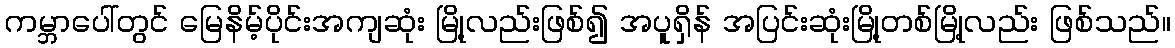
ကမ္ဘာပေါ်တွင် မြေနိမ့်ပိုင်းအကျဆုံး မြို့လည်းဖြစ်၍ အပူရှိန် အပြင်းဆုံးမြို့တစ်မြို့လည်း ဖြစ်သည်။